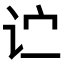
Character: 𬣞